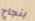
بنجاح